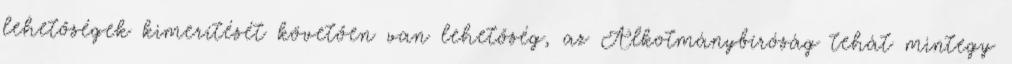
lehetőségek kimerítését követően van lehetőség, az Alkotmánybíróság tehát mintegy